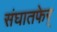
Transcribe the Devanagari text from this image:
संघातफेर्